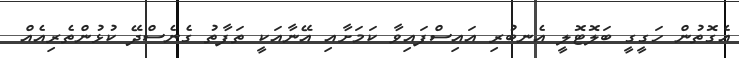
އެގޮތުން ހަގީގީ ބަލޮޓޮލީ އެނބުރި އައިސްފައިވާ ކަމަށާއި އޭނާއަކީ ތަފާތު ގެނެސްދޭ ކުޅުންތެރިއެއް